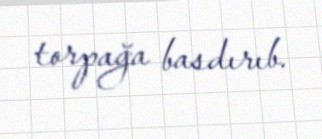
torpağa basdırıb.